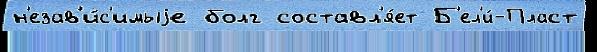
н'езав'и́с'имыjе болг составл'я́ет Б'ел'и́-Пласт